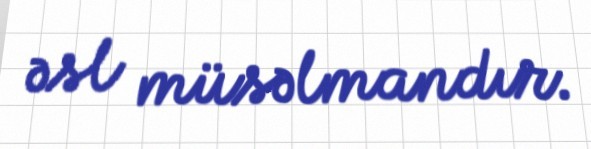
əsl müsəlmandır.